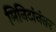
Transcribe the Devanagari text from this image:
मिनिटांनंतर